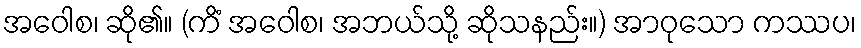
အဝေါစ၊ ဆို၏။ (ကိံ အဝေါစ၊ အဘယ်သို့ ဆိုသနည်း။) အာဝုသော ကဿပ၊